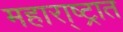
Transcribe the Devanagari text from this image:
महारा्ष्ट्रात